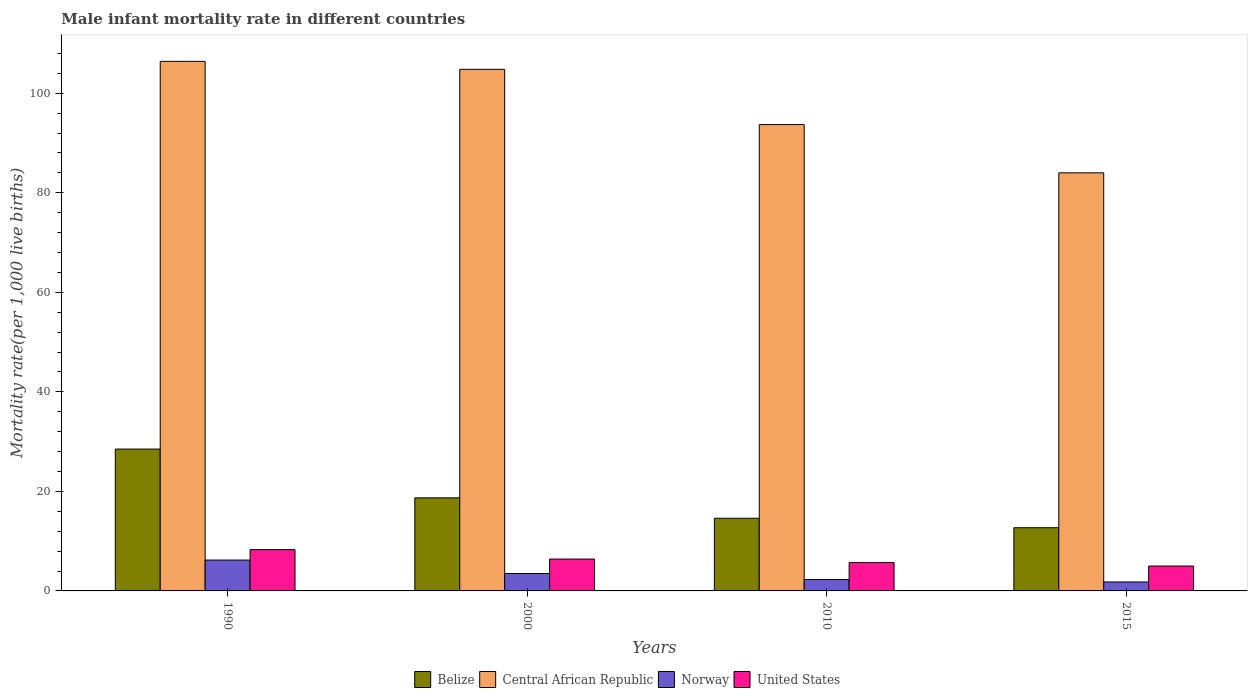
| Years | Belize | Central African Republic | Norway | United States |
 | --- | --- | --- | --- | --- |
 | 1990 | 28.5 | 106 | 6.2 | 8.3 |
 | 2000 | 18.7 | 105 | 3.5 | 6.4 |
 | 2010 | 14.6 | 93.7 | 2.3 | 5.7 |
 | 2015 | 12.7 | 84 | 1.8 | 5 |